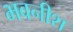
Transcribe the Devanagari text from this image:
भवनीश